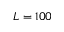
L = 1 0 0